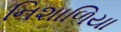
નિશાળિયા